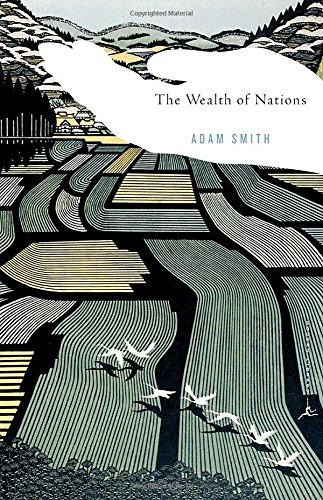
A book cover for The Wealth of Nations (Modern Library Classics); Adam Smith; Business & Money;